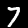
Label: 7